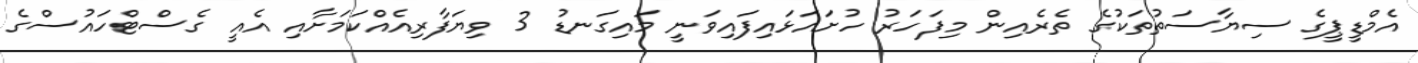
އެމްޑީޕީގެ ސިޔާސަތުތަކުގެ ތެރެއިން މިފަހަރު ހުށައަޅައިފައިވަނީ މައިގަނޑު 3 ވިޔަފާރިއެއްކަމަށާއި އެއީ ގެސްޓްހައުސްގެ